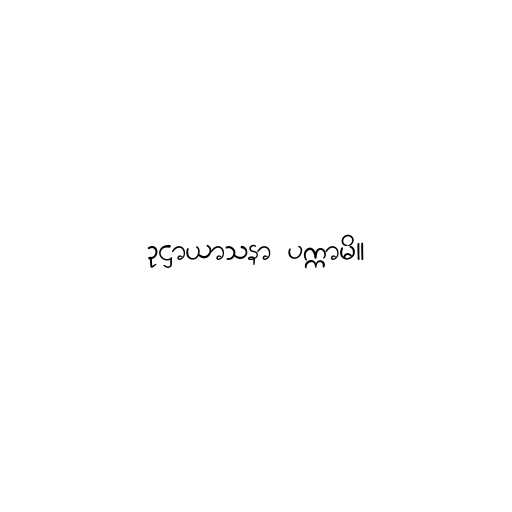
ဥဋ္ဌာယာသနာ ပက္ကာမိ။